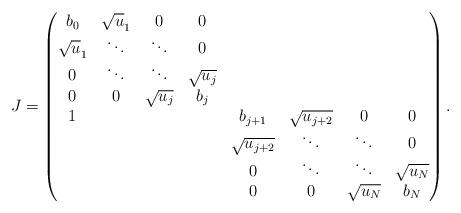
LaTeX: \begin{align*} J= \begin{pmatrix} b_0& \sqrt{u}_1 &0 &0 & & & & \\ \sqrt{u}_1 & \ddots & \ddots &0 &&&& \\ 0 & \ddots & \ddots & \sqrt{u_j} &&&& \\ 0 &0 & \sqrt{u_j} & b_j &&&& \\1 &&&& b_{j+1} & \sqrt{u_{j+2}} &0 &0 \\ &&&& \sqrt{u_{j+2}} & \ddots & \ddots &0 \\ &&&& 0 & \ddots & \ddots & \sqrt{u_N} \\ &&&& 0 & 0 & \sqrt{u_N} & b_N \end{pmatrix}. \end{align*}